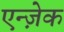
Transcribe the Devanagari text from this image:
एन्ज़ेक